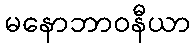
မနောဘာဝနီယာ